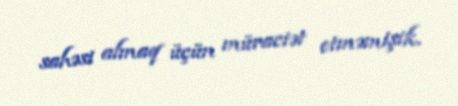
sahəsi almaq üçün müraciət etməmişik.